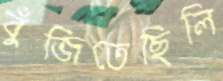
বুঁজিতেছিলি